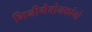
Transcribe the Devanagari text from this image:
गिनीगैबोनकांगो